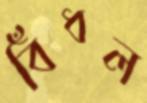
বিঁধল